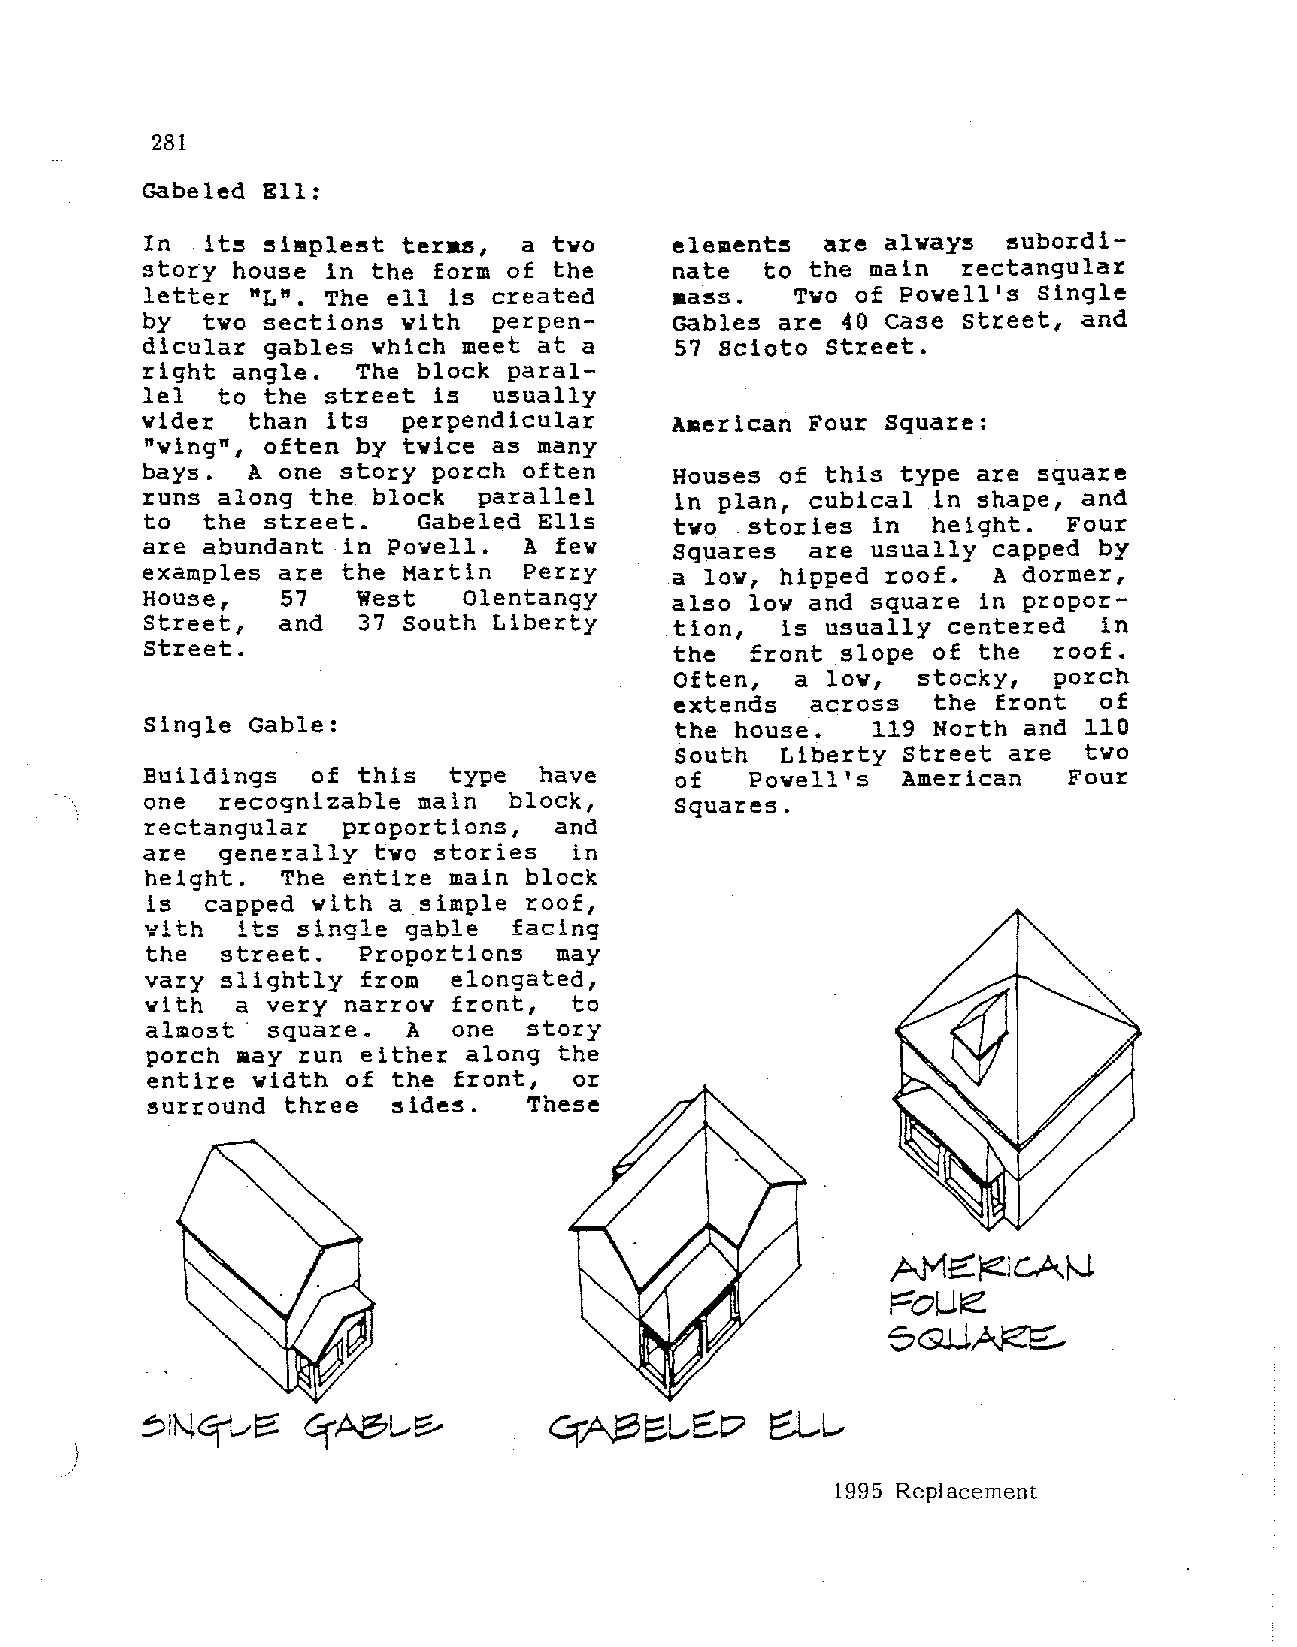
281
 Gabeled Ell:
 In  it~ ~implest teras,  a tvo     element~  are alway~  ~ubordi­
 story house in the form of the     nate  to the main  rectangular
 letter "L". The ell is created     aa~s.   Tvo of Powell's Single
 by  tvo sections vith  perpen      Gables are 40 case street, and
 dicular gables vhich meet at a     57 Scioto Street.
 right angle.  The block paral
 lel  to the street is  usually
 vider  than its  perpendicular     Aaerican Four Square:
 "ving", often by tvice as many
 bays.  A one story porch often     Houses of this type are square
 runs along the block  parallel     in plan, cubical in shape, and
 to  the street.   Gabeled Ells     tvo  stories in  height.  Four
 are abundant in Povell.  A fev     Squares  are usually capped by
 examples are the Martin  Perry     a lov, hipped roof.  A dormer,
 House,   57   West   Olentangy     also lov and square in propor
 Street,  and  37 South Liberty     tion,  is usually centered  in
 Street.                            the  front slope of the  roof.
 Often,  a lov,  stocky,  porch
 extends  across  the front  of
 Single Gable:                      the house.   119 North and 110
 South  Liberty Street are  two
 Buildings  of this  type  have     of   Povell's  American   Four
 one  recognizable main  block,     Squares.
 rectangular  proportions,  and
 are  generally tvo stories  in
 height.  The entire main block
 is  capped vith a simple roof,
 its single gable  facing
 ~ith
 the  street.  Proportions  may
 vary slightly from  elongated,
 with  a very narrow front,  to
 almost· square.  A  one  story
 porch aay run either along the
 entire vidth of the front,  or
 surround three           These
 ~ide~.
 1995 Replacement